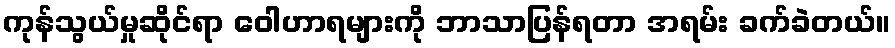
ကုန်သွယ်မှုဆိုင်ရာ ဝေါဟာရများကို ဘာသာပြန်ရတာ အရမ်း ခက်ခဲတယ်။